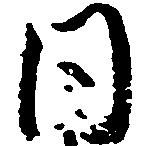
同